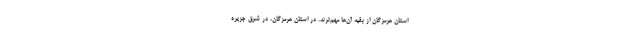
استان هرمزگان از بقیه آن‌ها مهم‌ترند. در استان هرمزگان، در شرق جزیره